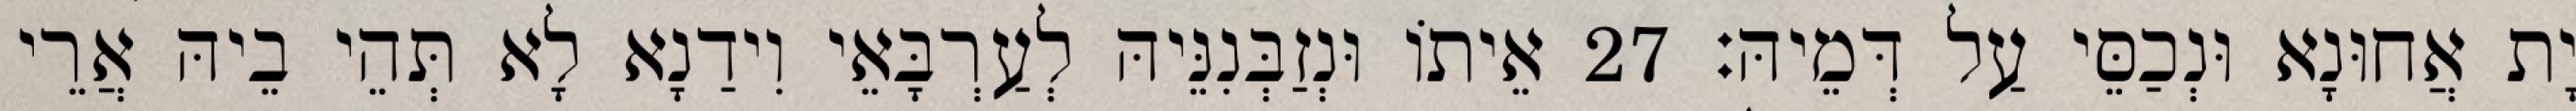
יָת אֲחוּנָא וּנְכַסֵּי עַל דְּמֵיהּ׃ 27 אֵיתוֹ וּנְזַבְּנִנֵּיהּ לְעַרְבָּאֵי וִידַנָא לָא תְּהֵי בֵיהּ אֲרֵי